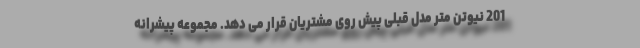
201 نیوتن متر مدل قبلی پیش روی مشتریان قرار می دهد. مجموعه پیشرانه